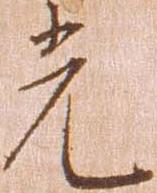
光